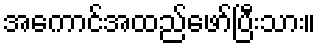
အကောင်အထည်ဖော်ပြီးသား။